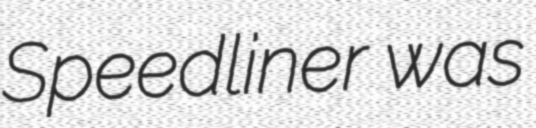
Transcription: Speedliner was